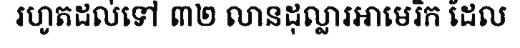
រហូតដល់ទៅ ៣២ លានដុល្លារអាមេរិក ដែល